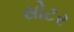
સોટર